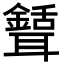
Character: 𦗾